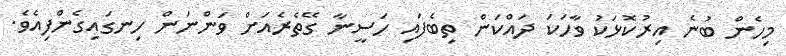
މިހެން ބުނެ އިރުކޮޅަކު ވާހަކަ ދައްކަން ތިބެފައި ހަސީނާ ގޭތެރެއަށް ވަންނަން ހިނގައިގެންފިއެވެ.